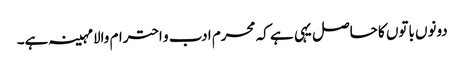
دونوں باتوں کا حاصل یہی ہے کہ محرم ادب و احترام والامہینہ ہے۔